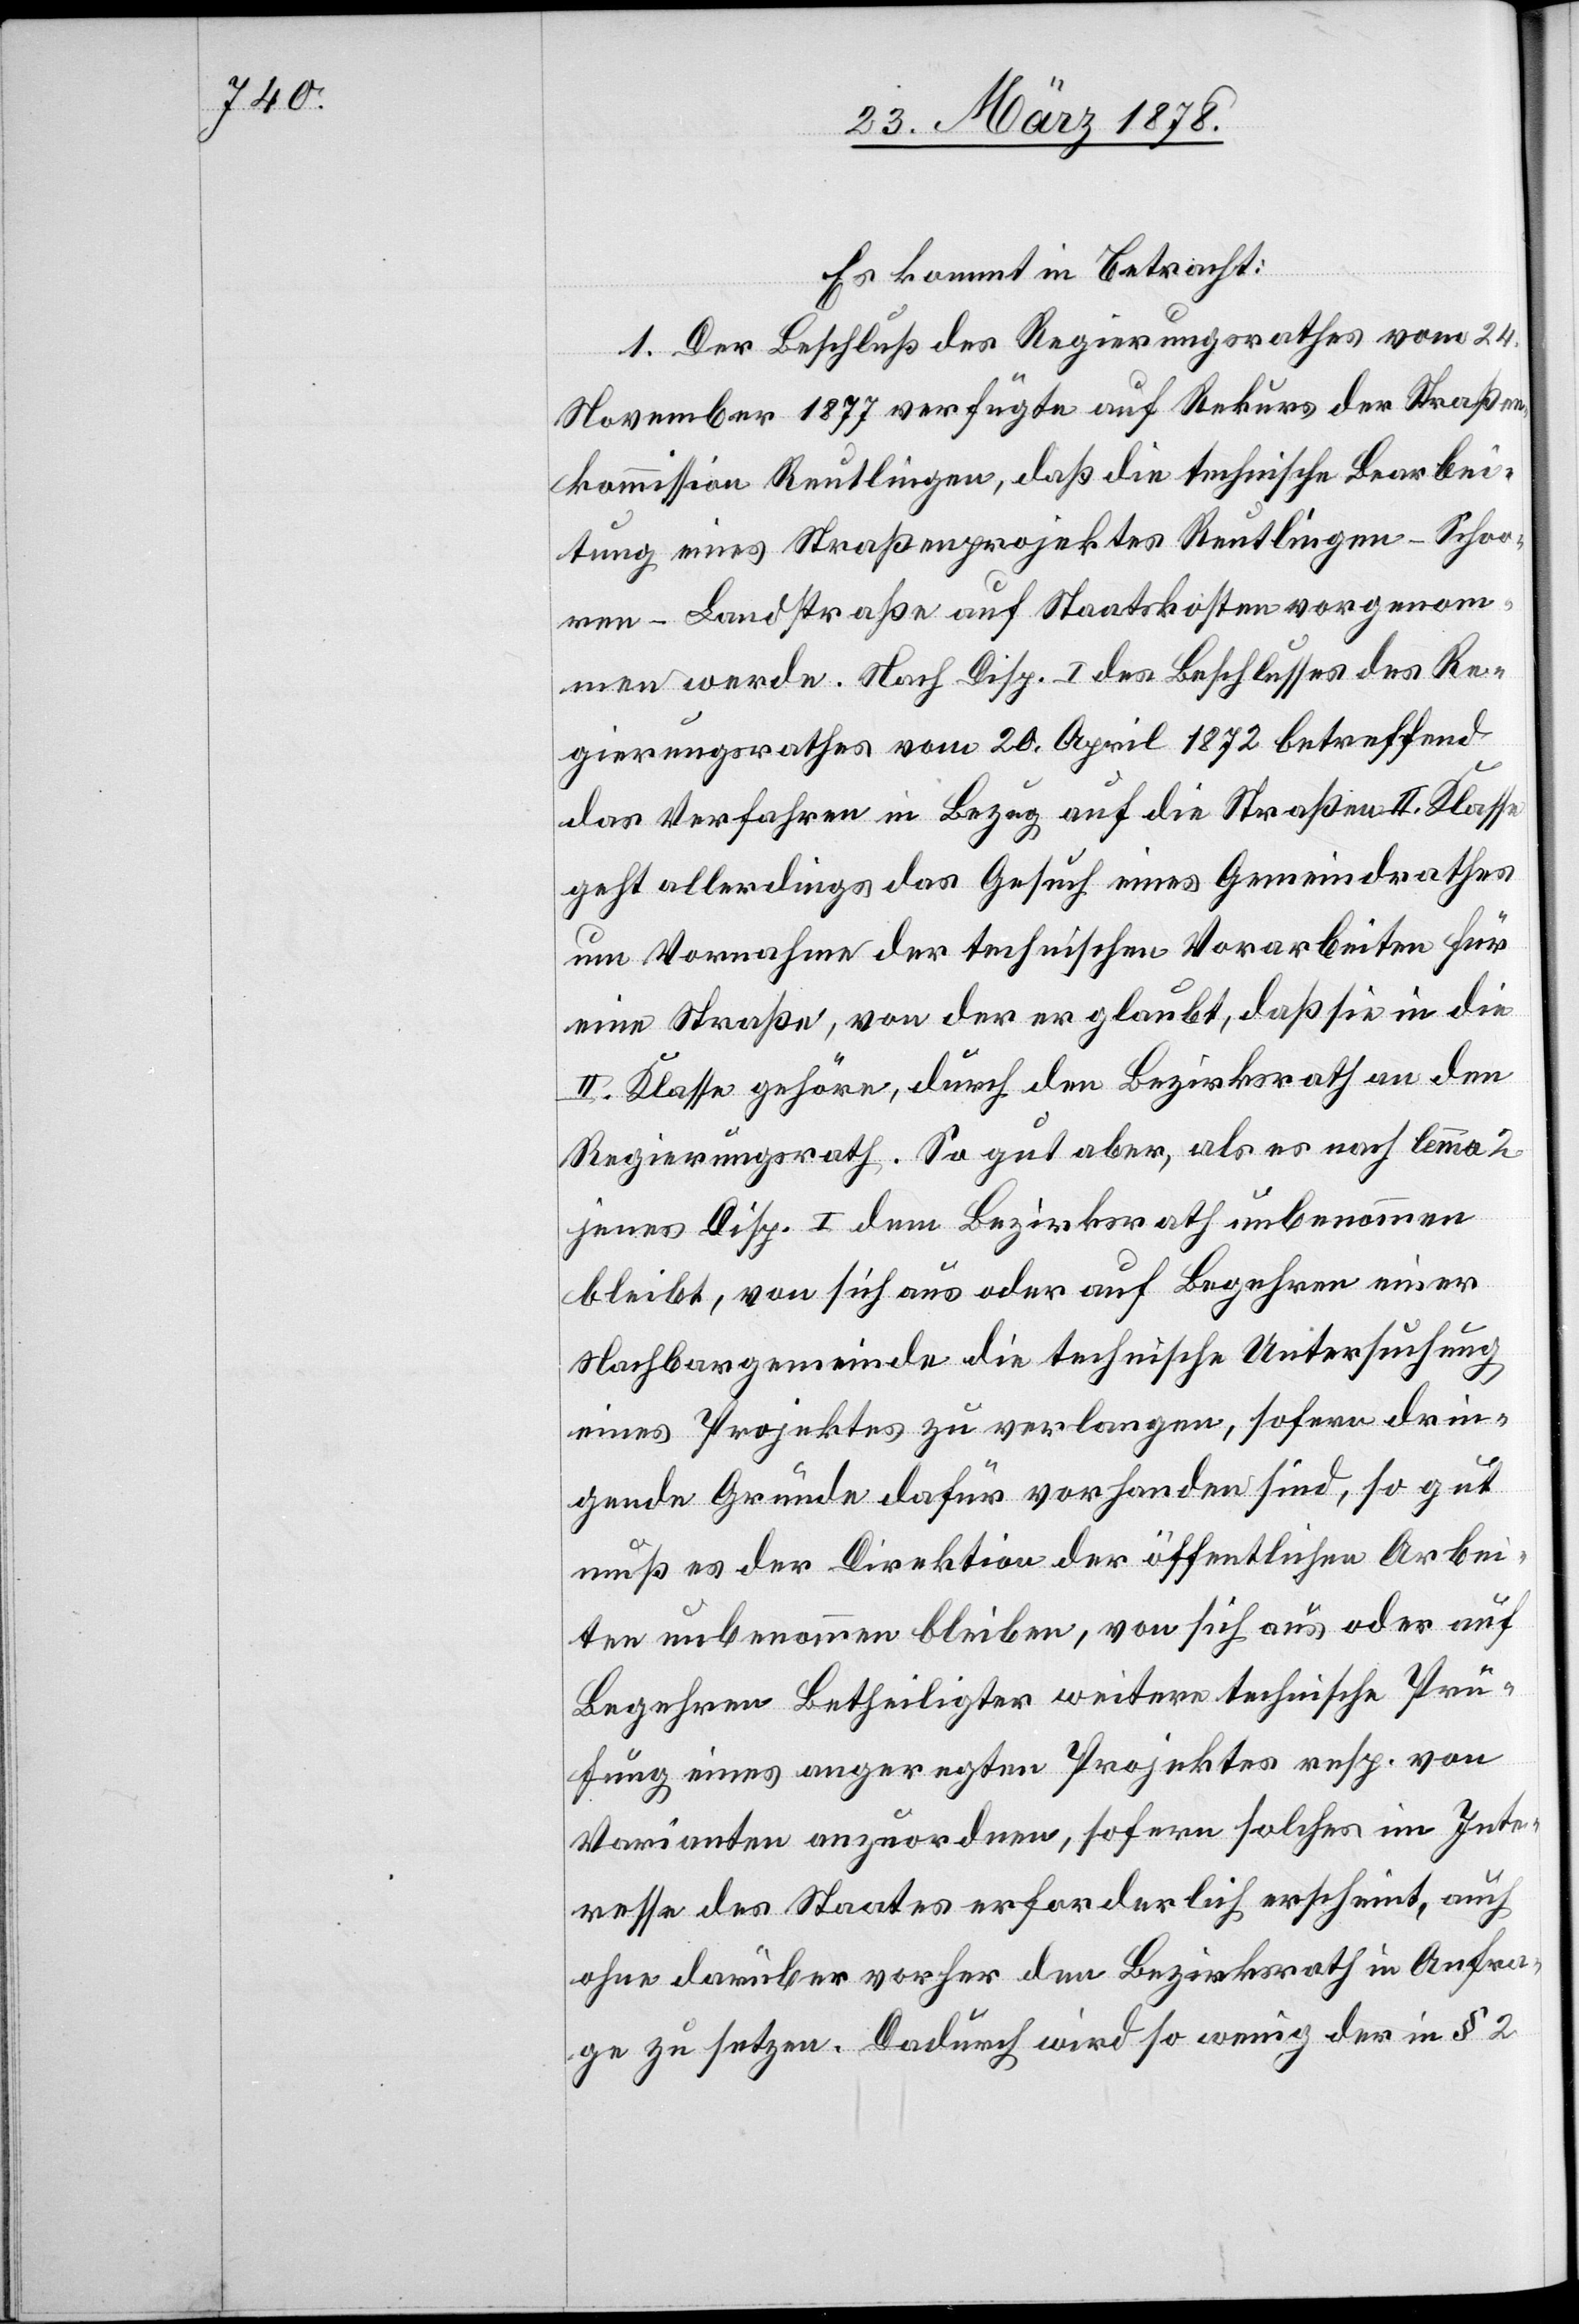
Es kommt in Betracht:
1. Der Beschluß des Regierungsrathes vom 24.
November 1877 verfügte auf Rekurs der Straßen¬
kommission Reutlingen, daß die technische Bearbei¬
tung eines Straßenprojektes Reutlingen–Schoo¬
ren–Landstraße auf Staatskosten vorgenom¬
men werde. Nach Disp. I des Beschlusses des Re¬
gierungsrathes vom 20. April 1872 betreffend
das Verfahren in Bezug auf die Straßen II. Klasse
geht allerdings das Gesuch eines Gemeindrathes
um Vornahme der technischen Vorarbeiten für
eine Straße, von der er glaubt, daß sie in die
II. Klasse gehöre, durch den Bezirksrath an den
Regierungsrath. So gut aber, als es noch lemma
jener Disp. I dem Bezirksrath unbenommen
bleibt, von sich aus oder auf Begehren einer
Nachbargemeinde die technische Untersuchung
eines Projektes zu verlangen, sofern drin¬
gende Gründe dafür vorhanden sind, so gut
muß es der Direktion der öffentlichen Arbei¬
ten unbenommen bleiben, von sich aus oder auf
Begehren Betheiligter weitere technische Prü¬
fung eines angeregten Projektes resp. von
Varianten anzuordnen, sofern solches im Inte¬
resse des Staates erforderlich erscheint, auch
ohne darüber vorher den Bezirksrath in Anfra¬
ge zu setzen. Dadurch wird so weniger der in § 2